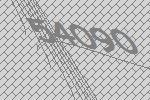
54090